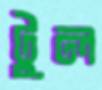
টুল